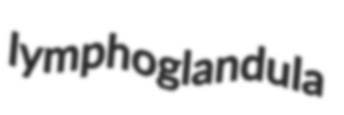
lymphoglandula